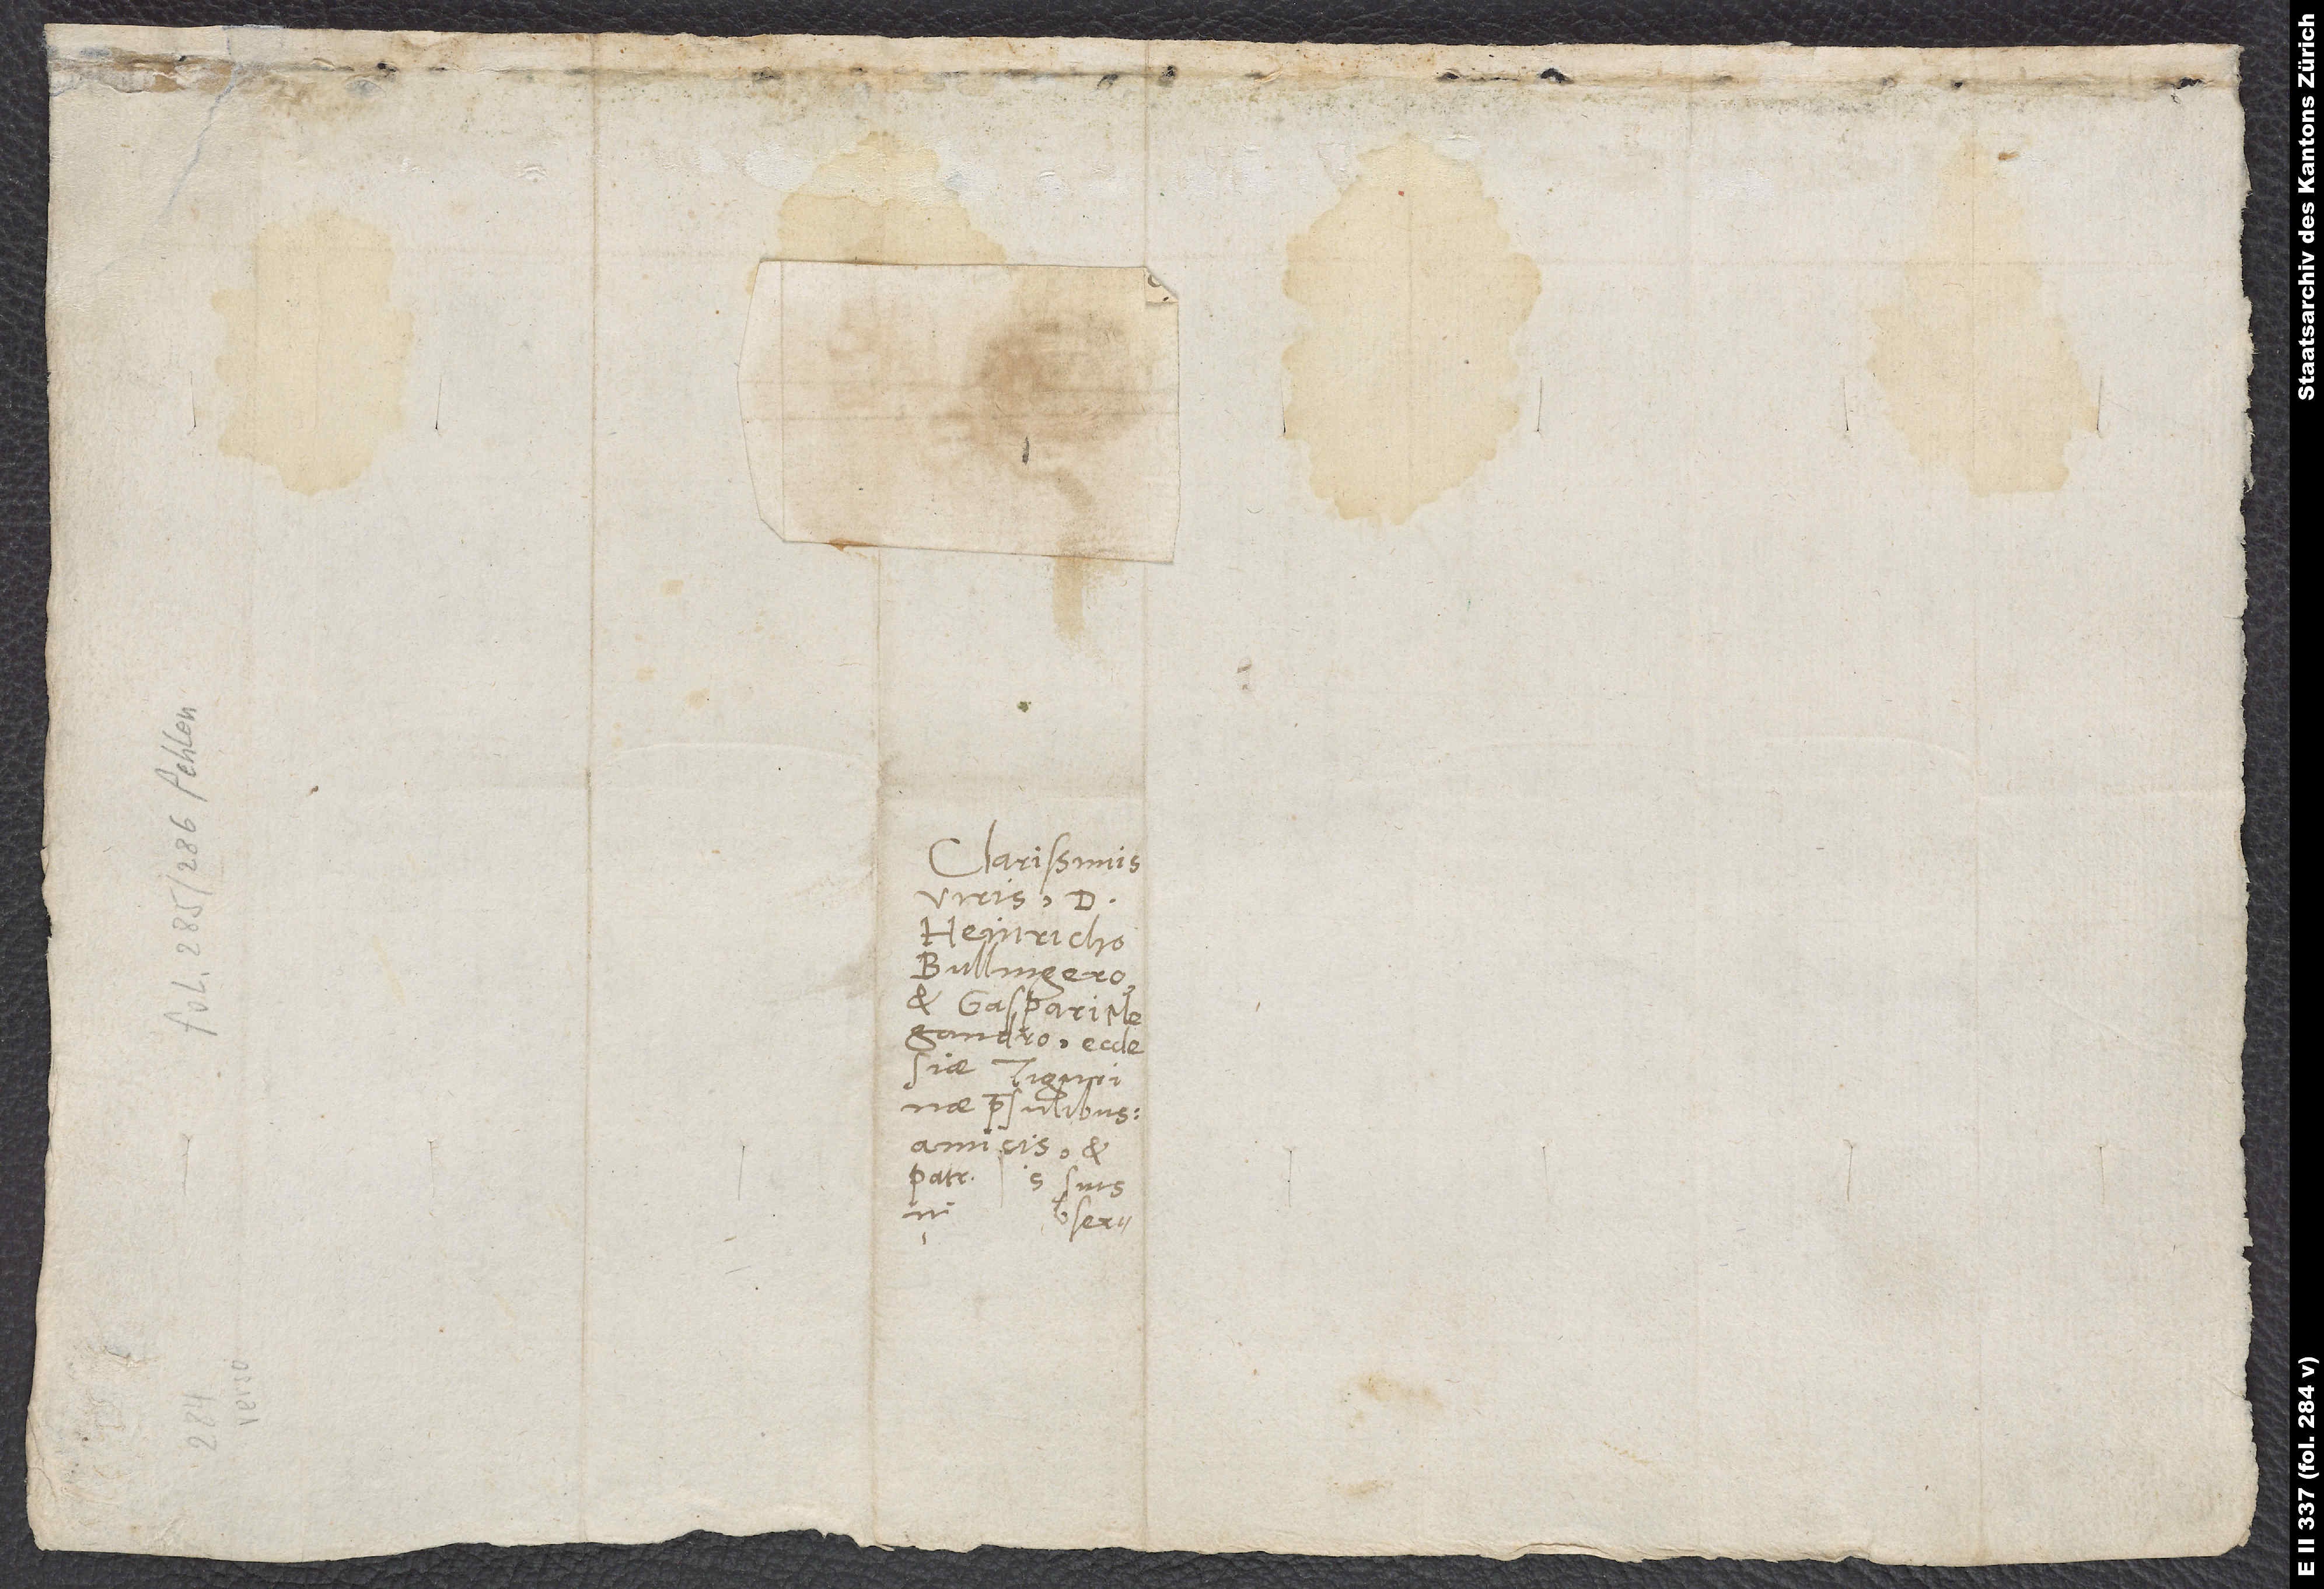
Clarissimis
viris d.
Heinricho
Bullingero
et Gaspari
Tigurinae
praesulibus,
amicis et
patr.